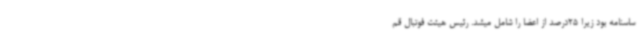
ساسنامه بود زیرا 25درصد از اعضا را شامل میشد. رئیس هیئت فوتبال قم